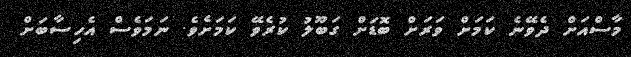
މާސްއަށް ދެވޭނެ ކަމަށް ވަރަށް ބޮޑަށް ގަބޫލު ކުރެވޭ ކަމަށެވެ. ނަމަވެސް އެހިސާބަށް